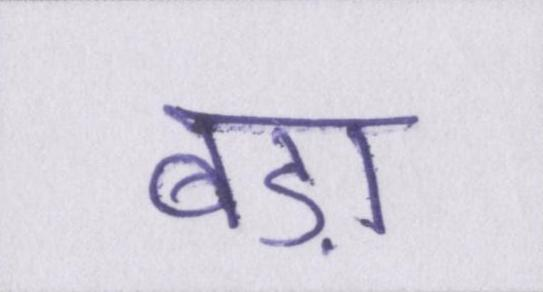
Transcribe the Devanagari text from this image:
बड़ा